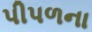
પીપળના